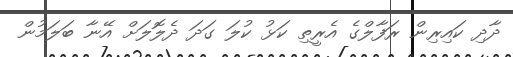
ދާދި ކައިރިން ރަފާލްގެ އެރީތި ކަޅު ކުލަ ގަދަ ދެލޮލަށް އޭނާ ބަލަމުން